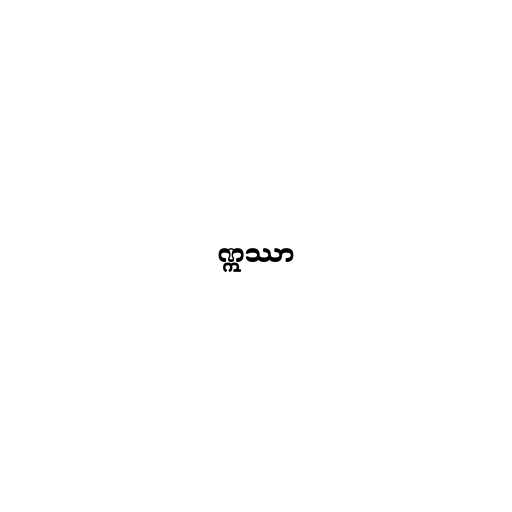
ဣဿာ